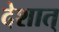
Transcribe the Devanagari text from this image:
देशात्